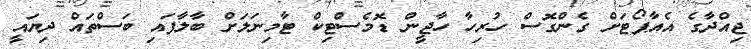
ޖިއްދާގެ އެއާޕޯޓަށް ގެންގޮސް ހުރިހާ ހާޖީން ޑޮމެސްޓިކް ޓާމިނަލަށް ބާލާފައި ބަސްތައް ދިޔައީ